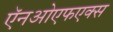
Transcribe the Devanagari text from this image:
ऍनओएफएक्स